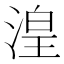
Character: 湟